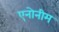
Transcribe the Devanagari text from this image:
एनोनीम